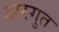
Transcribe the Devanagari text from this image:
अरगुत